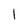
Character: I